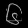
Digit: ၆